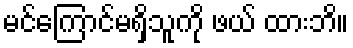
မင်ကြောင်မရှိသူကို ဖယ် ထားဘိ။